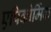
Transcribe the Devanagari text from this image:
एपिकोर्मिक